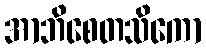
အာဘိစေတသိကော